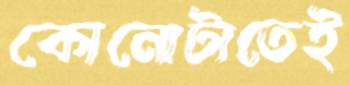
কোনোটাতেই